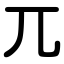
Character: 兀